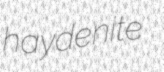
haydenite